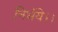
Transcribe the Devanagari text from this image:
निर्भये।।